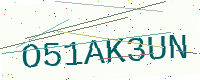
Text: O51AK3UN